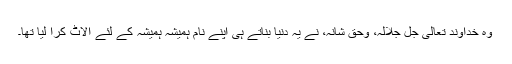
وہ خداوند تعالیٰ جل جلالہ، وحق شانہ، نے یہ دنیا بناتے ہی اپنے نام ہمیشہ ہمیشہ کے لئے الاٹ کرا لیا تھا۔